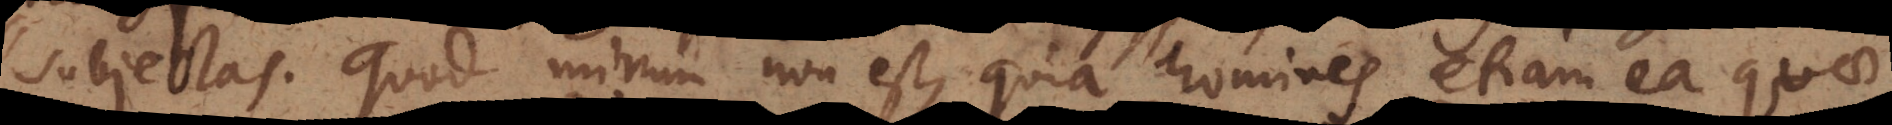
subjectas. Quod mirum non est, quia homines etiam ea quae